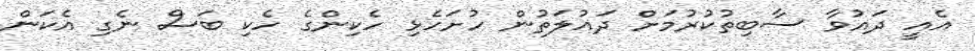
އެއީ ދައުވާ ސާބިތުކުރުމަށް ދައުލަތުން ހުށަހެޅި ހެކިންގެ ހެކި ބަސް ނެގި އެކަން